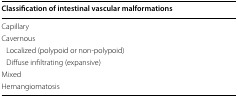
| Classification of intestinal vascular malformations |
 | --- |
 | Capillary |
 | Cavernous |
 | Localized (polypoid or non-polypoid) |
 | Diffuse infiltrating (expansive) |
 | Mixed |
 | Hemangiomatosis |